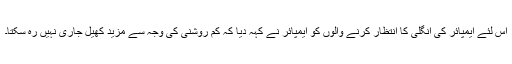
اس لئے ایمپائر کی انگلی کا انتظار کرنے والوں کو ایمپائر نے کہہ دیا کہ کم روشنی کی وجہ سے مزید کھیل جاری نہیں رہ سکتا۔